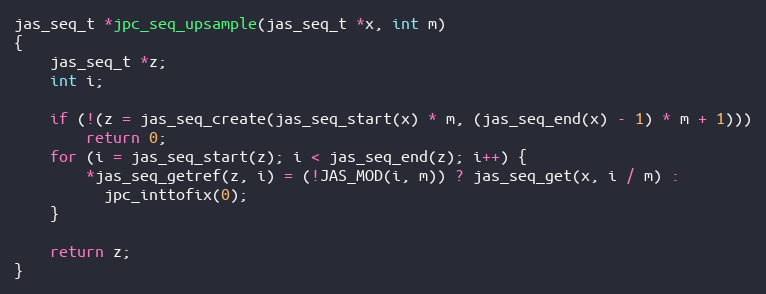
Language: C
jas_seq_t *jpc_seq_upsample(jas_seq_t *x, int m)
{
    jas_seq_t *z;
    int i;

    if (!(z = jas_seq_create(jas_seq_start(x) * m, (jas_seq_end(x) - 1) * m + 1)))
        return 0;
    for (i = jas_seq_start(z); i < jas_seq_end(z); i++) {
        *jas_seq_getref(z, i) = (!JAS_MOD(i, m)) ? jas_seq_get(x, i / m) :
          jpc_inttofix(0);
    }

    return z;
}